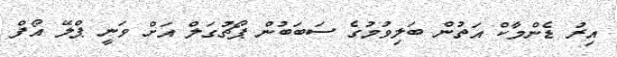
އިރު ޑެންމާކް އަތުން ބަލިވުމުގެ ސަބަބުން ޕޯޗުގަލް އަށް ވަނީ ޕްލޭ އޯފް